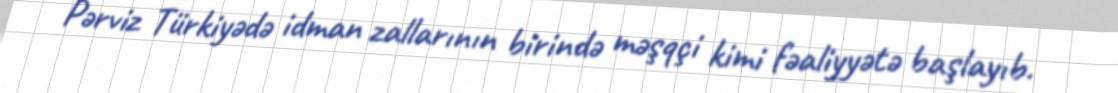
Pərviz Türkiyədə idman zallarının birində məşqçi kimi fəaliyyətə başlayıb.